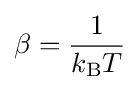
\beta ={\frac {1}{k_{\text{B}}T}}